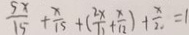
\frac { 5 x } { 1 5 } + \frac { x } { 1 5 } + ( \frac { 2 x } { 1 2 } + \frac { x } { 1 2 } ) + \frac { x } { 2 0 } = 1